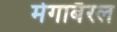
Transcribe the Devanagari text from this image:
मेगाबैरल